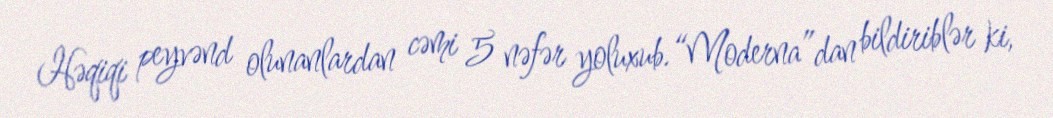
Həqiqi peyvənd olunanlardan cəmi 5 nəfər yoluxub.“Moderna”dan bildiriblər ki,